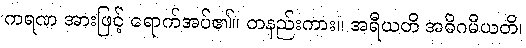
ကရဏ အားဖြင့် ရောက်အပ်၏။ တနည်းကား။ အရီယတိ အဓိဂမီယတိ၊